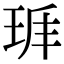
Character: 𤤵